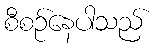
စီစဉ်နေပါသည်